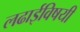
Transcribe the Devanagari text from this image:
लढाईविषयी